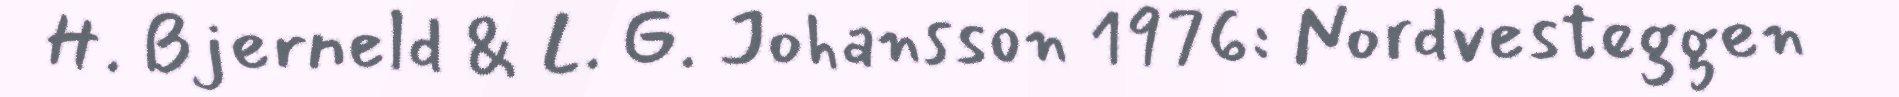
H. Bjerneld & L. G. Johansson 1976: Nordvesteggen